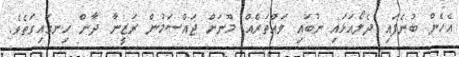
އެހެން ބުނެފައި ދެލޯއަޅައި ނުބައި ވައްތަރެއް މޫނަށް ޖައްސަމުން ރަޒީނާ ދާން ހިނގައިގަތެވެ.